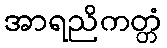
အာရညိကတ္တံ